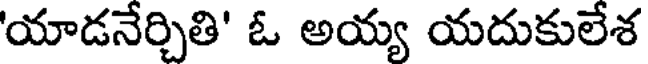
'యాడనేర్చితి' ఓ అయ్య యదుకులేశ